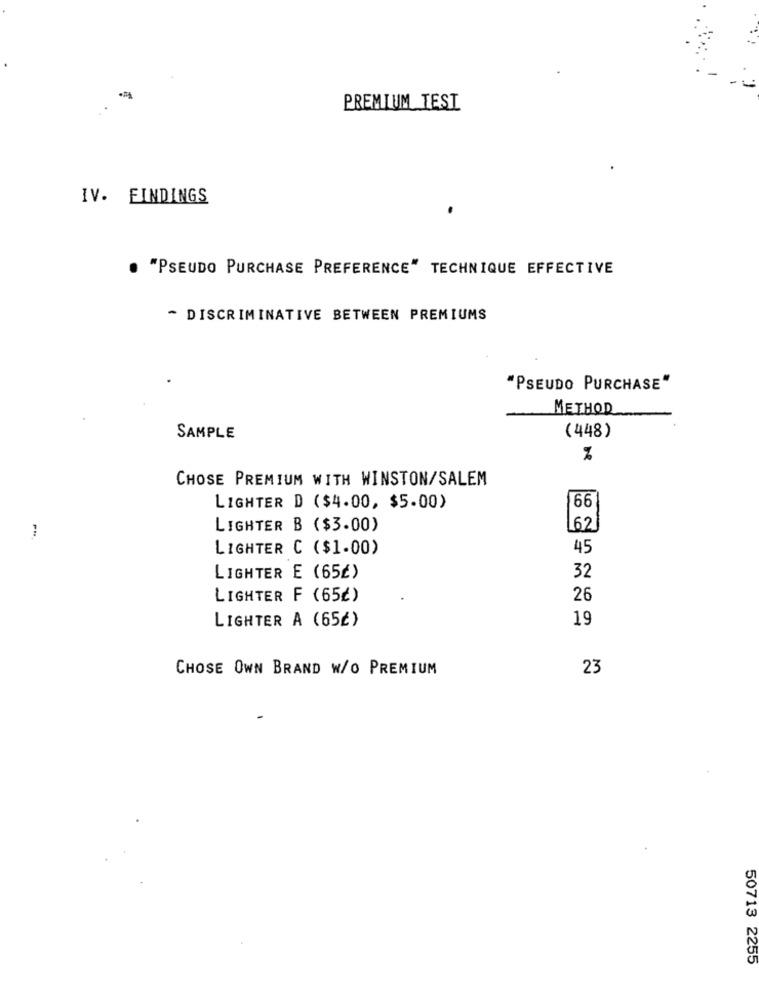
PREMIUM TESI
IV. FINDINGS
. "PSEUDO PURCHASE PREFERENCE" TECHNIQUE EFFECTIVE
- DISCRIMINATIVE BETWEEN PREMIUMS
"PSEUDO PURCHASE"
METHOD
(448)
SAMPLE
%
CHOSE PREMIUM WITH WINSTON/SALEM
LIGHTER D ($4.00, $5.00)
66
LIGHTER B ($3.00)
62
LIGHTER C ($1.00)
45
LIGHTER E (65₺)
32
LIGHTER F (65₺)
26
LIGHTER A (65₺)
19
CHOSE OWN BRAND W/O PREMIUM
23
50713 2255